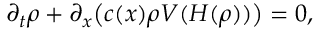
\partial _ { t } \rho + \partial _ { x } \bigl ( c ( x ) \rho V ( H ( \rho ) ) \bigr ) = 0 ,